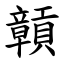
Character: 贑